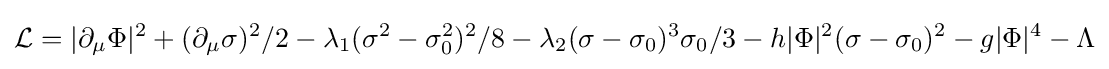
{\mathcal {L}}=|\partial _{\mu }\Phi |^{2}+(\partial _{\mu }\sigma )^{2}/2-\lambda _{1}(\sigma ^{2}-\sigma _{0}^{2})^{2}/8-\lambda _{2}(\sigma -\sigma _{0})^{3}\sigma _{0}/3-h|\Phi |^{2}(\sigma -\sigma _{0})^{2}-g|\Phi |^{4}-\Lambda